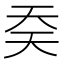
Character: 𰋟